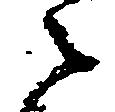
々